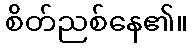
စိတ်ညစ်နေ၏။